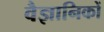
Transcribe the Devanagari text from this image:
वैज्ञानिकों